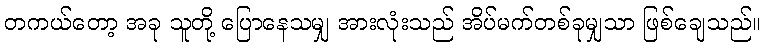
တကယ်တော့ အခု သူတို့ ပြောနေသမျှ အားလုံးသည် အိပ်မက်တစ်ခုမျှသာ ဖြစ်ချေသည်။